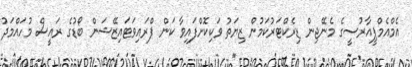
އެމްއެމްޕީއާރުސީގެ މެނޭޖިން ޑިރެކްޓަރުކަމުން ޒިޔަތު ވަކިކޮށްފައިވާ ކަން ޕްރައިވަޓައިޒޭޝަން ބޯޑުގެ ރައީސް މުހައްމަދު